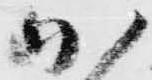
加